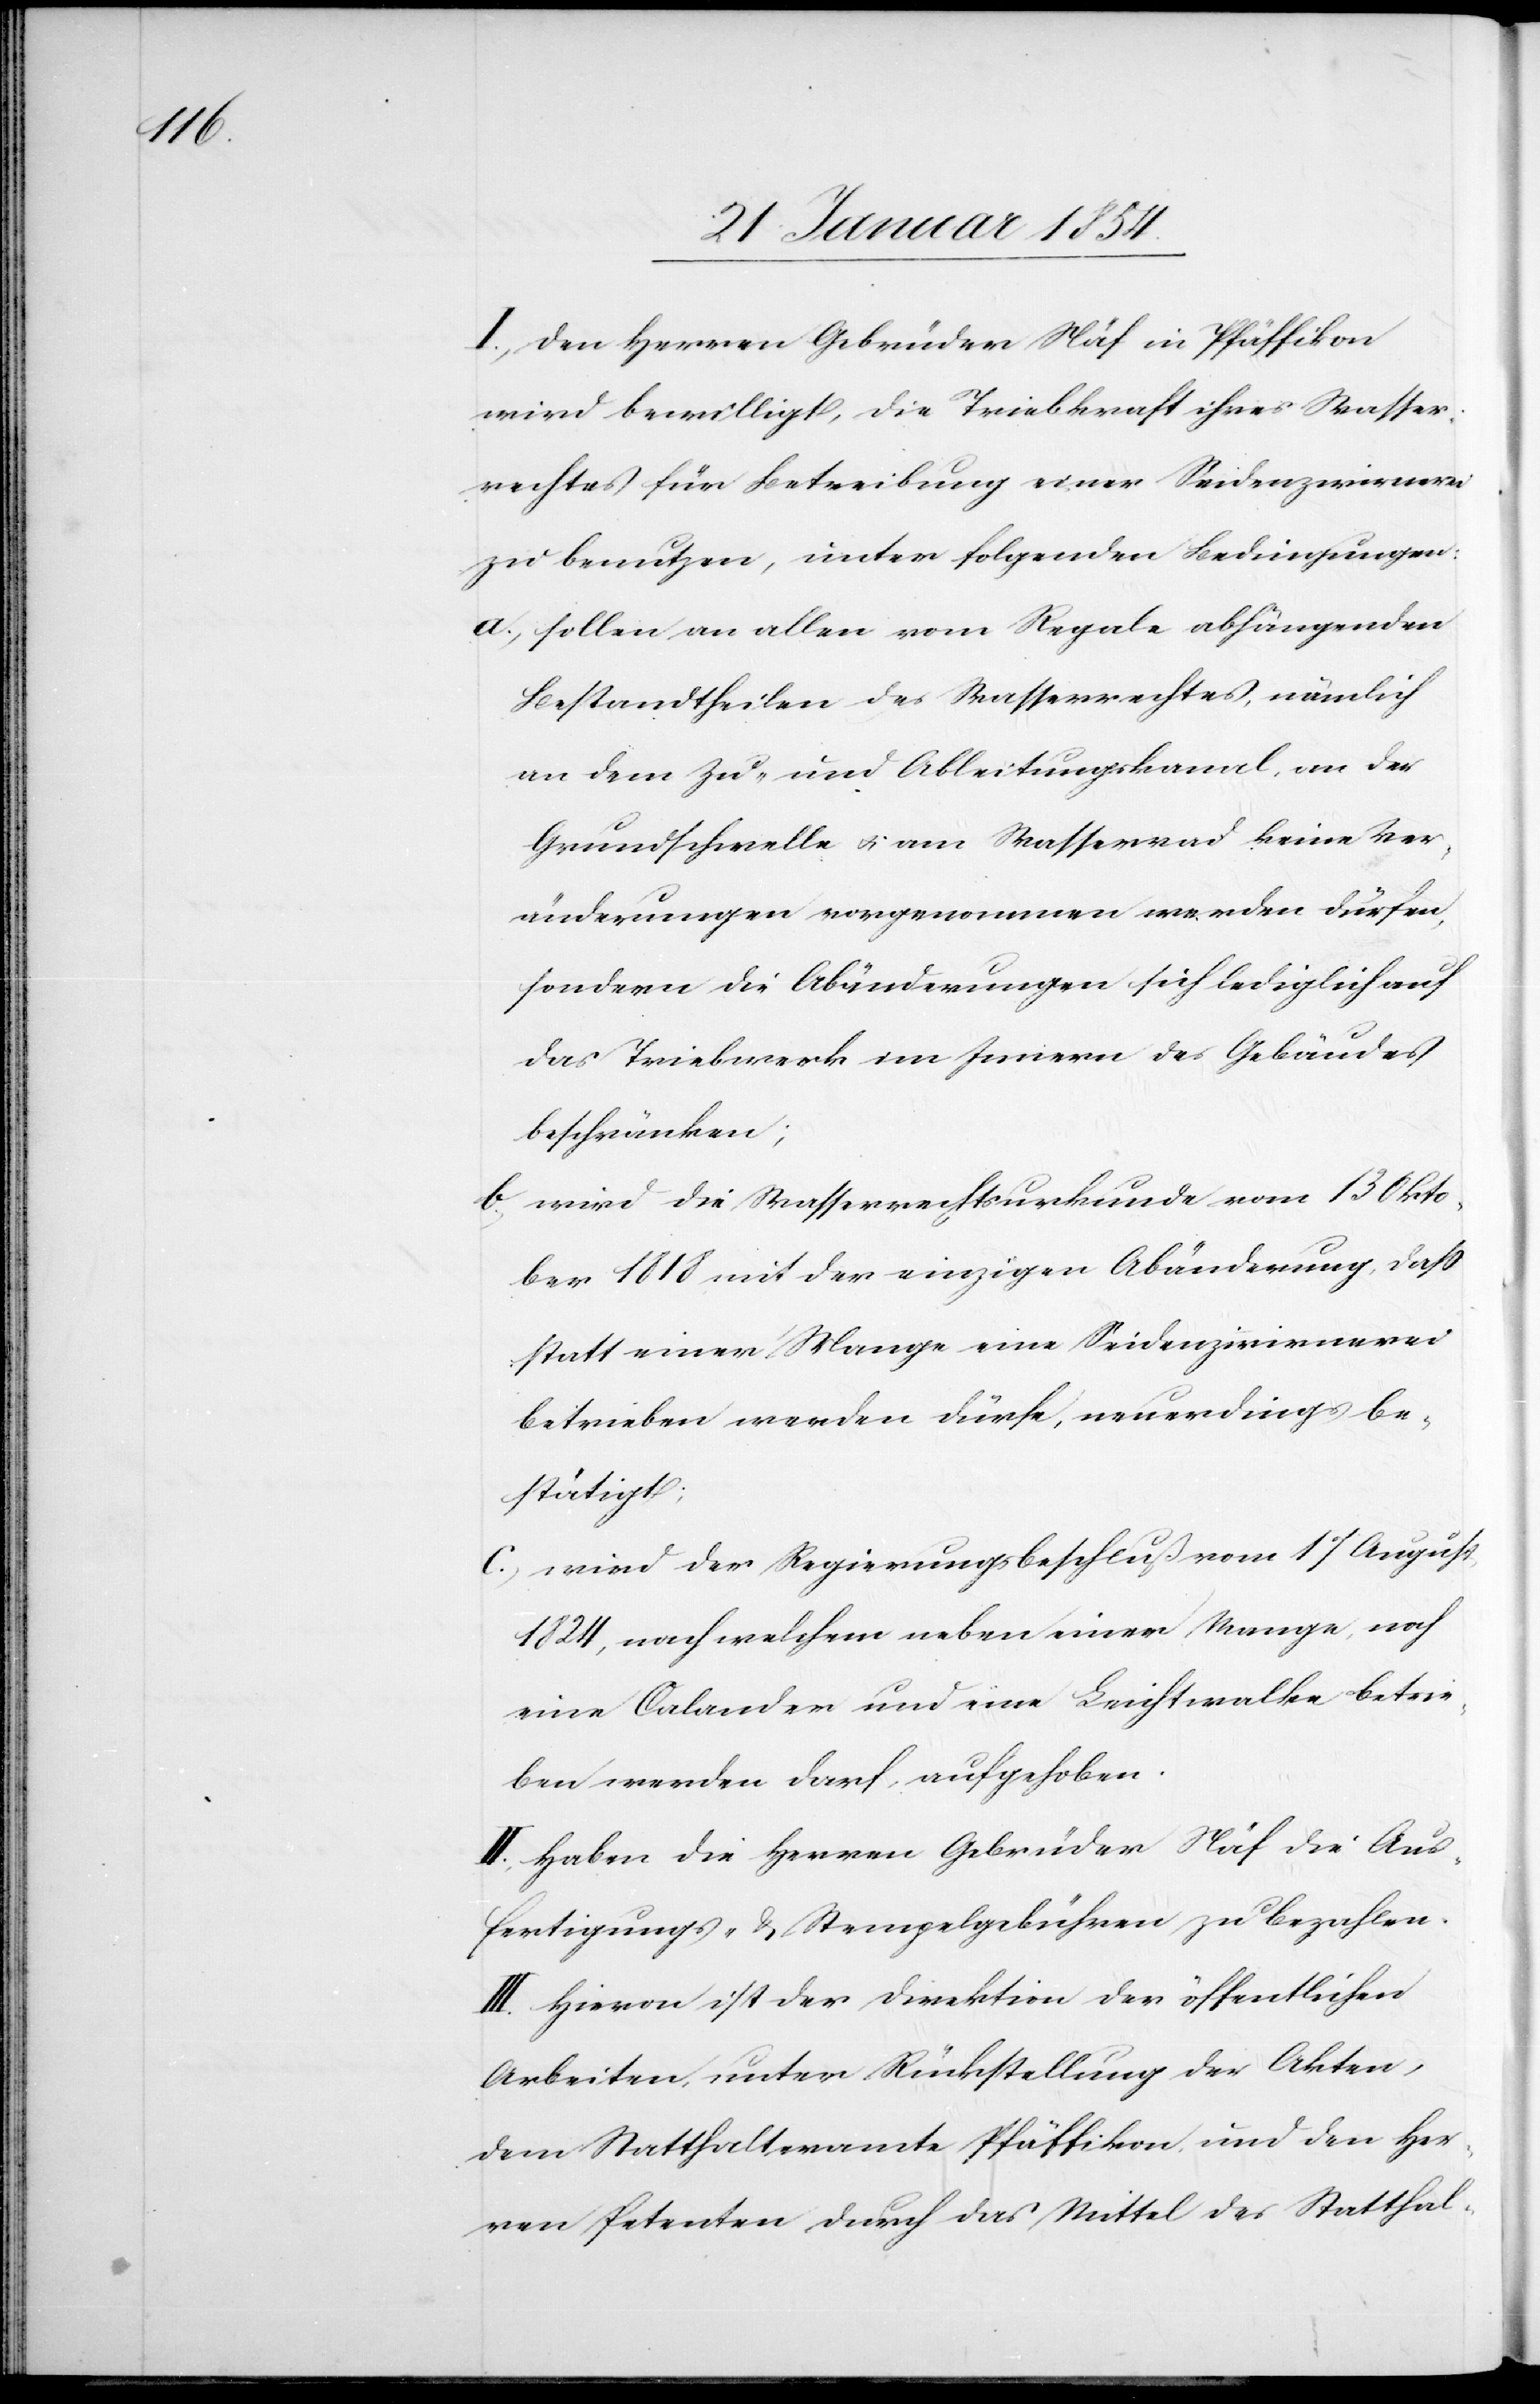
I., den Herren Gebrüder Näf in Pfäffikon
wird bewilligt, die Triebkraft ihres Wasser¬
rechtes für Betreibung einer Seidenzwirnerei
zu benutzen, unter folgenden Bedingungen:
a., sollen an allen vom Regale abhängenden
Bestandtheilen des Wasserrechtes, nämlich
an dem Zu- und Ableitungskanal, an der
Grundschwelle u. am Wasserrad keine Ver¬
änderungen vorgenommen werden dürfen,
sondern die Abänderungen sich lediglich auf
das Triebwerk im Innern des Gebäudes
beschränken;
b., wird die Wasserrechtsurkunde vom 13 Okto¬
ber 1818 mit der einzigen Abänderung, daß
statt einer Mange eine Seidenzwirnerei
betrieben werden dürfe, neuerdings be¬
stätigt;
c., wird der Regierungsbeschluß vom 17 August
1824, nach welchen neben einer Mange, noch
eine Calander und eine Leichtwalke betrie¬
ben werden darf, aufgehoben.
II., Haben die Herren Gebrüder Näf die Aus¬
fertigungs- & Stempelgebühren zu bezahlen.
III. Hiervon ist der Direktion der öffentlichen
Arbeiten, unter Rückstellung der Akten,
dem Statthalteramte Pfäffikon, und den Her¬
ren Petenten durch das Mittel des Statthal-